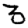
Digit: 3